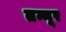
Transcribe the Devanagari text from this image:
तन्नूर